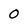
Character: 0